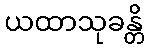
ယထာသုခန္တိ